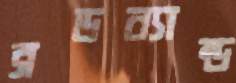
ব্রডব্যান্ড